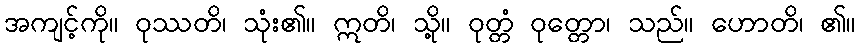
အကျင့်ကို။ ဝုဿတိ၊ သုံး၏။ ဣတိ၊ သို့။ ဝုတ္တံ ဝုတ္တော၊ သည်။ ဟောတိ၊ ၏။